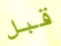
قبل